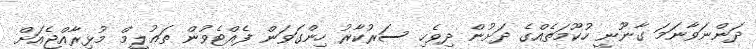
ދަންނަވާނަމަ ގާނޫނީ ހުކޫމަތެއްގެ ދަށުން ދިވެހި ސަރުކާރު ހިންގަވަން ފެއްޓެވުން ތަޢުލީމް މުޅިރާއްޖެއަށް